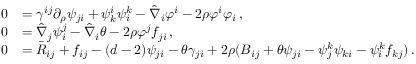
\begin{array} { r l } { 0 } & { = \gamma ^ { i j } \partial _ { \rho } \psi _ { j i } + \psi _ { k } ^ { i } \psi _ { i } ^ { k } - \hat { \nabla } _ { i } \varphi ^ { i } - 2 \rho \varphi ^ { i } \varphi _ { i } \, , } \\ { 0 } & { = \hat { \nabla } _ { j } \psi _ { i } ^ { j } - \hat { \nabla } _ { i } \theta - 2 \rho \varphi ^ { j } f _ { j i } \, , } \\ { 0 } & { = \bar { R } _ { i j } + f _ { i j } - ( d - 2 ) \psi _ { j i } - \theta \gamma _ { j i } + 2 \rho ( { \cal B } _ { i j } + \theta \psi _ { j i } - \psi _ { j } ^ { k } \psi _ { k i } - \psi _ { i } ^ { k } f _ { k j } ) \, . } \end{array}